Civil Veterinary Department Bihar & Orissa reports 1911-21 - 1911-1921
Year: 1911
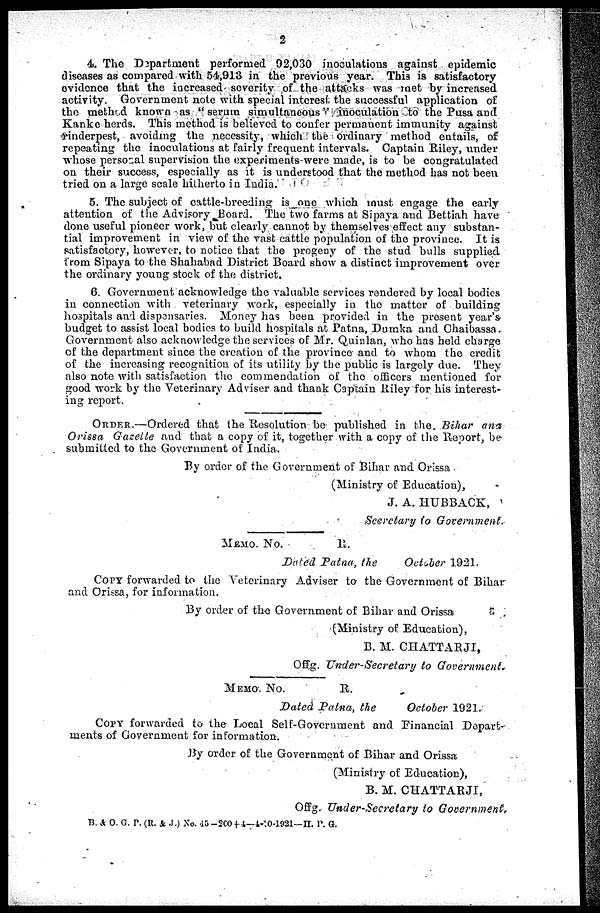
2
4. The Department performed 92,030 inoculations against epidemic
diseases as compared with 54,913 in the previous year. This is satisfactory
evidence that the increased severity of the attacks was met by increased
activity. Government note with special interest the successful application of
the method known as " serum simultaneous" inoculation to the Pusa and
Kanke herds. This method is believed to confer permanent immunity against
rinderpest, avoiding the necessity, which the ordinary method entails, of
repeating the inoculations at fairly frequent intervals. Captain Riley, under
whose personal supervision the experiments were made, is to be congratulated
on their success, especially as it is understood that the method has not been
tried on a large scale hitherto in India.
5. The subject of cattle-breeding is one which must engage the early
attention of the Advisory Board. The two farms at Sipaya and Bettiah have
done useful pioneer work, but clearly cannot by themselves effect any substan-
tial improvement in view of the vast cattle population of the province. It is
satisfactory, however, to notice that the progeny of the stud bulls supplied
from Sipaya to the Shahabad District Board show a distinct improvement over
the ordinary young stock of the district.
6. Government acknowledge the valuable services rendered by local bodies
in connection with veterinary work, especially in the matter of building
hospitals and dispensaries. Money has been provided in the present year's-
budget to assist local bodies to build hospitals at Patna, Dumka and Chaibassa.
Government also acknowledge the services of Mr. Quinlan, who has held charge
of the department since the creation of the province and to whom the credit
of the increasing recognition of its utility by the public is largely due. They
also note with satisfaction the commendation of the officers mentioned for
good work by the Veterinary Adviser and thank Captain Riley for his interest-
ing report.
ORDER.—Ordered that the Resolution be published in the. Bihar ans
Orissa Gazette and that a copy of it. together with a copy of the Report, be
submitted to the Government of India.
By order of the Government of Bihar and Orissa
(Ministry of Education),
J. A. HUBBACK,
Secretary to Government.
MEMO. No.
.
Dated Patna, the
October 1921.
Copy forwarded to the Veterinary Adviser to the Government of Bihar
and Orissa, for information.
By order of the Government of Bihar and Orissa
(Ministry of Education),
B. M. CHATTARJI,
Offg. Under-Secretary to Government.
MEMO. NO.
R.
Dated Patna, the
October 1921.
Copy forwarded to the Local Self-Government and Financial Depart-
ments of Government for information.
By order of the Government of Bihar and Orissa
(Ministry of Education),
B. M. CHATTARJI,
Offg. Under-Secretary to Government,
B. &. O. G. P. (R. & J.) No. 45-200+ 4—4-10-1921—II. P. G.